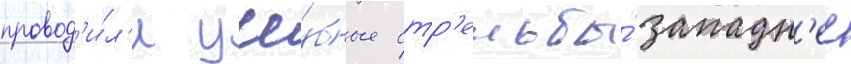
провод'и́л'и уче́бные стр'ельбы́ западн'ее